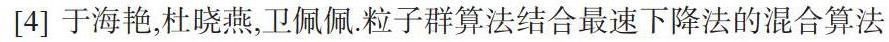
[4] 于海艳,杜晓燕,卫佩佩.粒子群算法结合最速下降法的混合算法